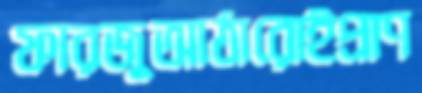
ফারজুআঠারোইপ্রাণ